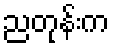
ညတုန်းက